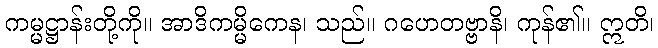
ကမ္မဋ္ဌာန်းတို့ကို။ အာဒိကမ္မိကေန၊ သည်။ ဂဟေတဗ္ဗာနိ၊ ကုန်၏။ ဣတိ၊